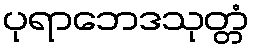
ပုရာဘေဒသုတ္တံ